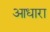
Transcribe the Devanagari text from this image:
आधारा